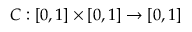
C : [ 0 , 1 ] \times [ 0 , 1 ] \rightarrow [ 0 , 1 ]